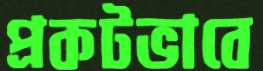
প্রকটভাবে